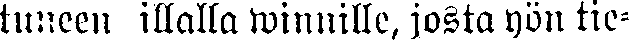
tuneen illalla winnille, josta yön tie-